Annual report of lunatic asylums [Bombay] - 1912-1922
Year: 1912
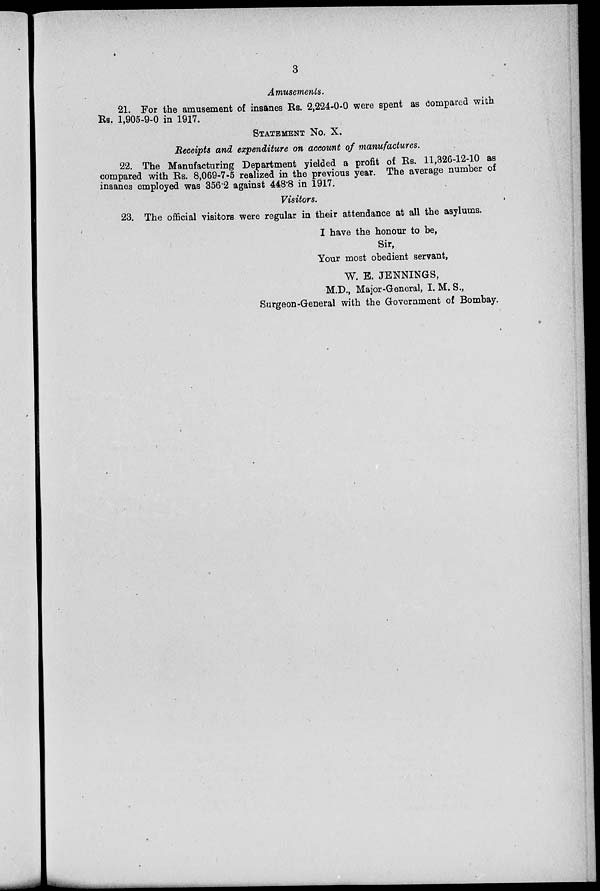
3
Amusements.
21. For the amusement of insanes Rs. 2,224-0-0 were spent as Compared with
Rs. 1,905-9-0 in 1917.
STATEMENT No. X.
Receipts and expenditure on account of manufactures.
22. The Manufacturing Department yielded a profit of Rs. 11,326-12-10 as
compared with Rs. 8,069-7-5 realized in the previous year. The average number of
insanes employed was 356.2 against 448.8 in 1917.
Visitors.
23. The official visitors were regular in their attendance at all the asylums.
I have the honour to be,
Sir,
Your most obedient servant,
W. E. JENNINGS,
M.D., Major-General, I. M. S.,
Surgeon-General with the Government of Bombay.